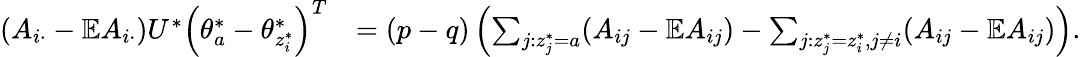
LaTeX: \begin{array}{rl}{(A_{i\cdot}-\mathbb{E}A_{i\cdot})U^{*}\left(\theta_{a}^{*}-\theta_{z_{i}^{*}}^{*}\right)^{T}}&{=(p-q)\left(\sum_{j:z_{j}^{*}=a}(A_{ij}-\mathbb{E}A_{ij})-\sum_{j:z_{j}^{*}=z_{i}^{*},j\neq i}(A_{ij}-\mathbb{E}A_{ij})\right).}\end{array}